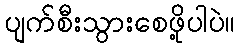
ပျက်စီးသွားစေဖို့ပါပဲ။